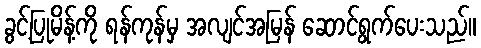
ခွင့်ပြုမိန့်ကို ရန်ကုန်မှ အလျင်အမြန် ဆောင်ရွက်ပေးသည်။